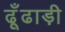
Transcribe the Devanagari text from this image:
ढूँढाड़ी